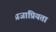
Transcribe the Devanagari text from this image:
प्रजाप्रियता